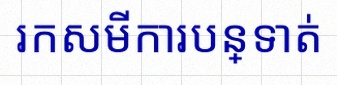
រកសមីការបន្ទាត់